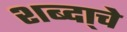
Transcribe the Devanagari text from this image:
शब्दा्चे